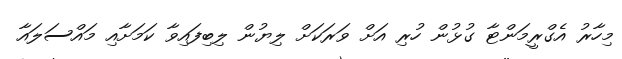
މިހާރު އެގްރީމަންޓާ ގުޅުން ހުރި އަށް ވަރަކަށް ލިޔުން ލިބިފައިވާ ކަމަށާއި މައްސަލައާ